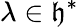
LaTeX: \lambda\in{\mathfrak{h}}^{*}